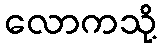
လောကသို့